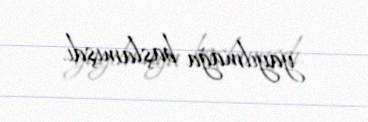
yayılmağa başlamışdı.